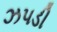
ઝપડી